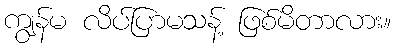
ကျွန်မ လိပ်ပြာမသန့် ဖြစ်မိတာလား။